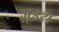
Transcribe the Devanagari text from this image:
ज़ूइश